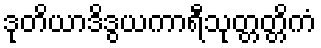
ဒုတိယာဒိဒွယကာရီသုတ္တတ္တိကံ